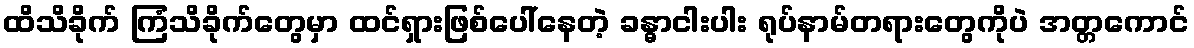
ထိသိခိုက် ကြံသိခိုက်တွေမှာ ထင်ရှားဖြစ်ပေါ်နေတဲ့ ခန္ဓာငါးပါး ရုပ်နာမ်တရားတွေကိုပဲ အတ္တကောင်